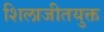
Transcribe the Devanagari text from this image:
शिलाजीतयुक्त